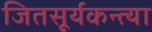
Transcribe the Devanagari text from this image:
जितसूर्यकन्त्या